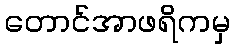
တောင်အာဖရိကမှ